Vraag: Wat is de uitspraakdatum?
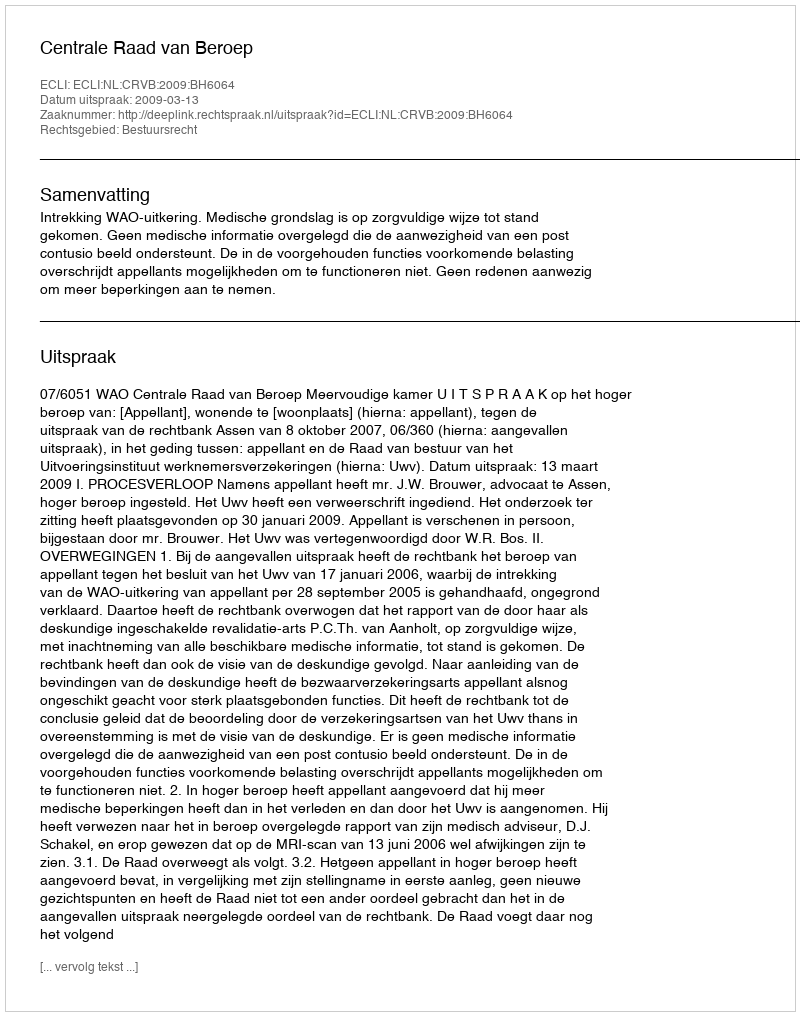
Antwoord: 2009-03-13